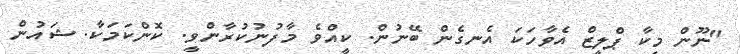
"ނޫން މިކާ ޕްލީޒް އެވާހަކަ އެނގެން ބޭނުން. ކީއްވެ މާފުނުކުރާންވީ. ކޮންކަމަކާ. ޝައުން